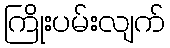
ကြိုးပမ်းလျက်